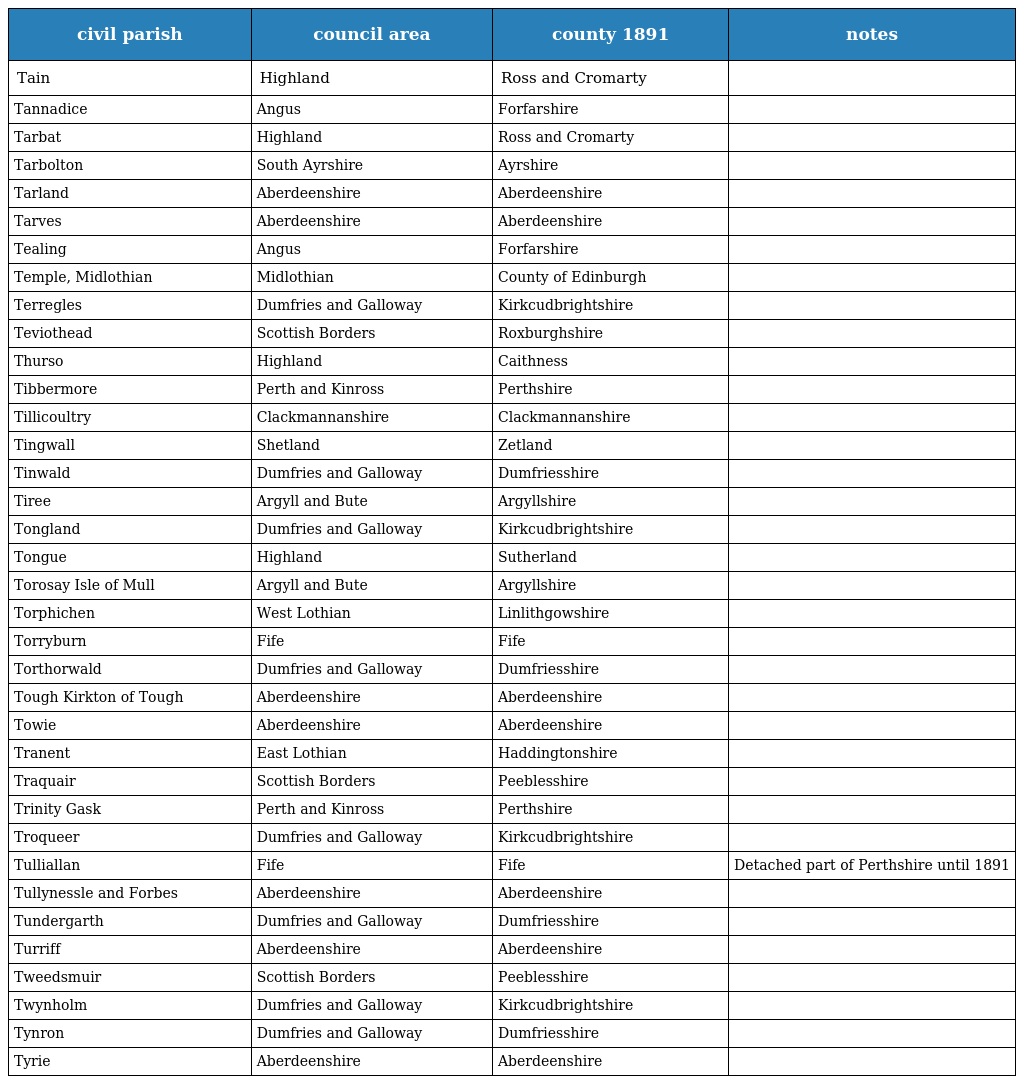
| civil parish | council area | county 1891 | notes |
 | --- | --- | --- | --- |
 | Tain | Highland | Ross and Cromarty |  |
 | Tannadice | Angus | Forfarshire |  |
 | Tarbat | Highland | Ross and Cromarty |  |
 | Tarbolton | South Ayrshire | Ayrshire |  |
 | Tarland | Aberdeenshire | Aberdeenshire |  |
 | Tarves | Aberdeenshire | Aberdeenshire |  |
 | Tealing | Angus | Forfarshire |  |
 | Temple, Midlothian | Midlothian | County of Edinburgh |  |
 | Terregles | Dumfries and Galloway | Kirkcudbrightshire |  |
 | Teviothead | Scottish Borders | Roxburghshire |  |
 | Thurso | Highland | Caithness |  |
 | Tibbermore | Perth and Kinross | Perthshire |  |
 | Tillicoultry | Clackmannanshire | Clackmannanshire |  |
 | Tingwall | Shetland | Zetland |  |
 | Tinwald | Dumfries and Galloway | Dumfriesshire |  |
 | Tiree | Argyll and Bute | Argyllshire |  |
 | Tongland | Dumfries and Galloway | Kirkcudbrightshire |  |
 | Tongue | Highland | Sutherland |  |
 | Torosay Isle of Mull | Argyll and Bute | Argyllshire |  |
 | Torphichen | West Lothian | Linlithgowshire |  |
 | Torryburn | Fife | Fife |  |
 | Torthorwald | Dumfries and Galloway | Dumfriesshire |  |
 | Tough Kirkton of Tough | Aberdeenshire | Aberdeenshire |  |
 | Towie | Aberdeenshire | Aberdeenshire |  |
 | Tranent | East Lothian | Haddingtonshire |  |
 | Traquair | Scottish Borders | Peeblesshire |  |
 | Trinity Gask | Perth and Kinross | Perthshire |  |
 | Troqueer | Dumfries and Galloway | Kirkcudbrightshire |  |
 | Tulliallan | Fife | Fife | Detached part of Perthshire until 1891 |
 | Tullynessle and Forbes | Aberdeenshire | Aberdeenshire |  |
 | Tundergarth | Dumfries and Galloway | Dumfriesshire |  |
 | Turriff | Aberdeenshire | Aberdeenshire |  |
 | Tweedsmuir | Scottish Borders | Peeblesshire |  |
 | Twynholm | Dumfries and Galloway | Kirkcudbrightshire |  |
 | Tynron | Dumfries and Galloway | Dumfriesshire |  |
 | Tyrie | Aberdeenshire | Aberdeenshire |  |